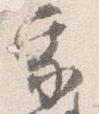
家